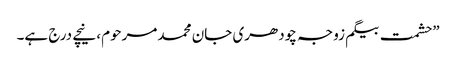
”حشمت بیگم زوجہ چودھری جان محمد مرحوم، نیچے درج ہے۔